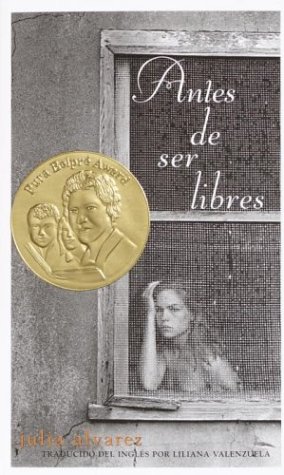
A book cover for Antes de ser libres (Spanish Edition); Julia Alvarez; Teen & Young Adult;